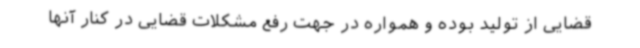
قضایی از تولید بوده و همواره در جهت رفع مشکلات قضایی در کنار آنها